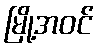
မြို့အဝင်